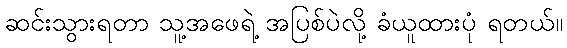
ဆင်းသွားရတာ သူ့အဖေရဲ့ အပြစ်ပဲလို့ ခံယူထားပုံ ရတယ်။